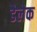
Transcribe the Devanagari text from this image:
डैलेक